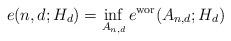
LaTeX: \begin{align*}e(n,d; H_d) = \inf_{A_{n,d}} e^{\mathrm{wor}}(A_{n,d}; H_d)\end{align*}